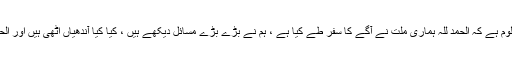
ہم نے آزادی سے پہلے اور بعد کی تاریخ پڑھی ہے اور ہمیں معلوم ہے کہ الحمد للہ ہماری ملت نے آگے کا سفر طے کیا ہے ، ہم نے بڑے بڑے مسائل دیکھے ہیں ، کیا کیا آندھیاں اٹھی ہیں اور الحمد للہ ملت نے جم کر ان کا مقابلہ کیا ہے اور سرخرو رہی ہے ۔